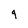
Character: q